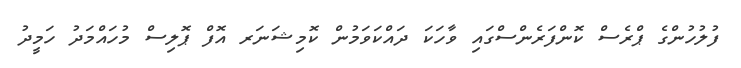
ފުލުހުންގެ ޕްރެސް ކޮންފަރެންސްގައި ވާހަކަ ދައްކަވަމުން ކޮމިޝަނަރ އޮފް ޕޮލިސް މުހައްމަދު ހަމީދު